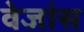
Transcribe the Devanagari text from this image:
वेजांस